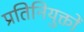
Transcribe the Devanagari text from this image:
प्रतिनियुक्तों